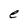
Character: e